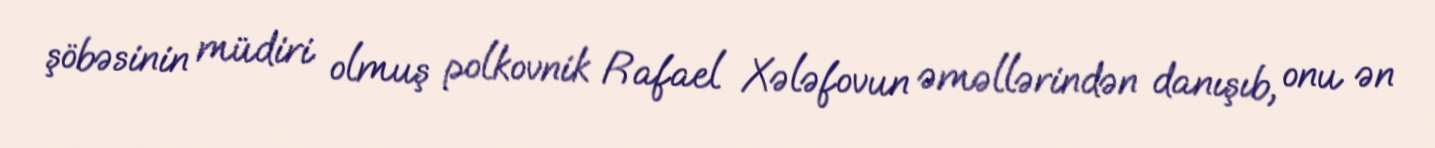
şöbəsinin müdiri olmuş polkovnik Rafael Xələfovun əməllərindən danışıb, onu ən